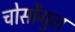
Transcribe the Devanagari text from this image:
चोसोंगुल